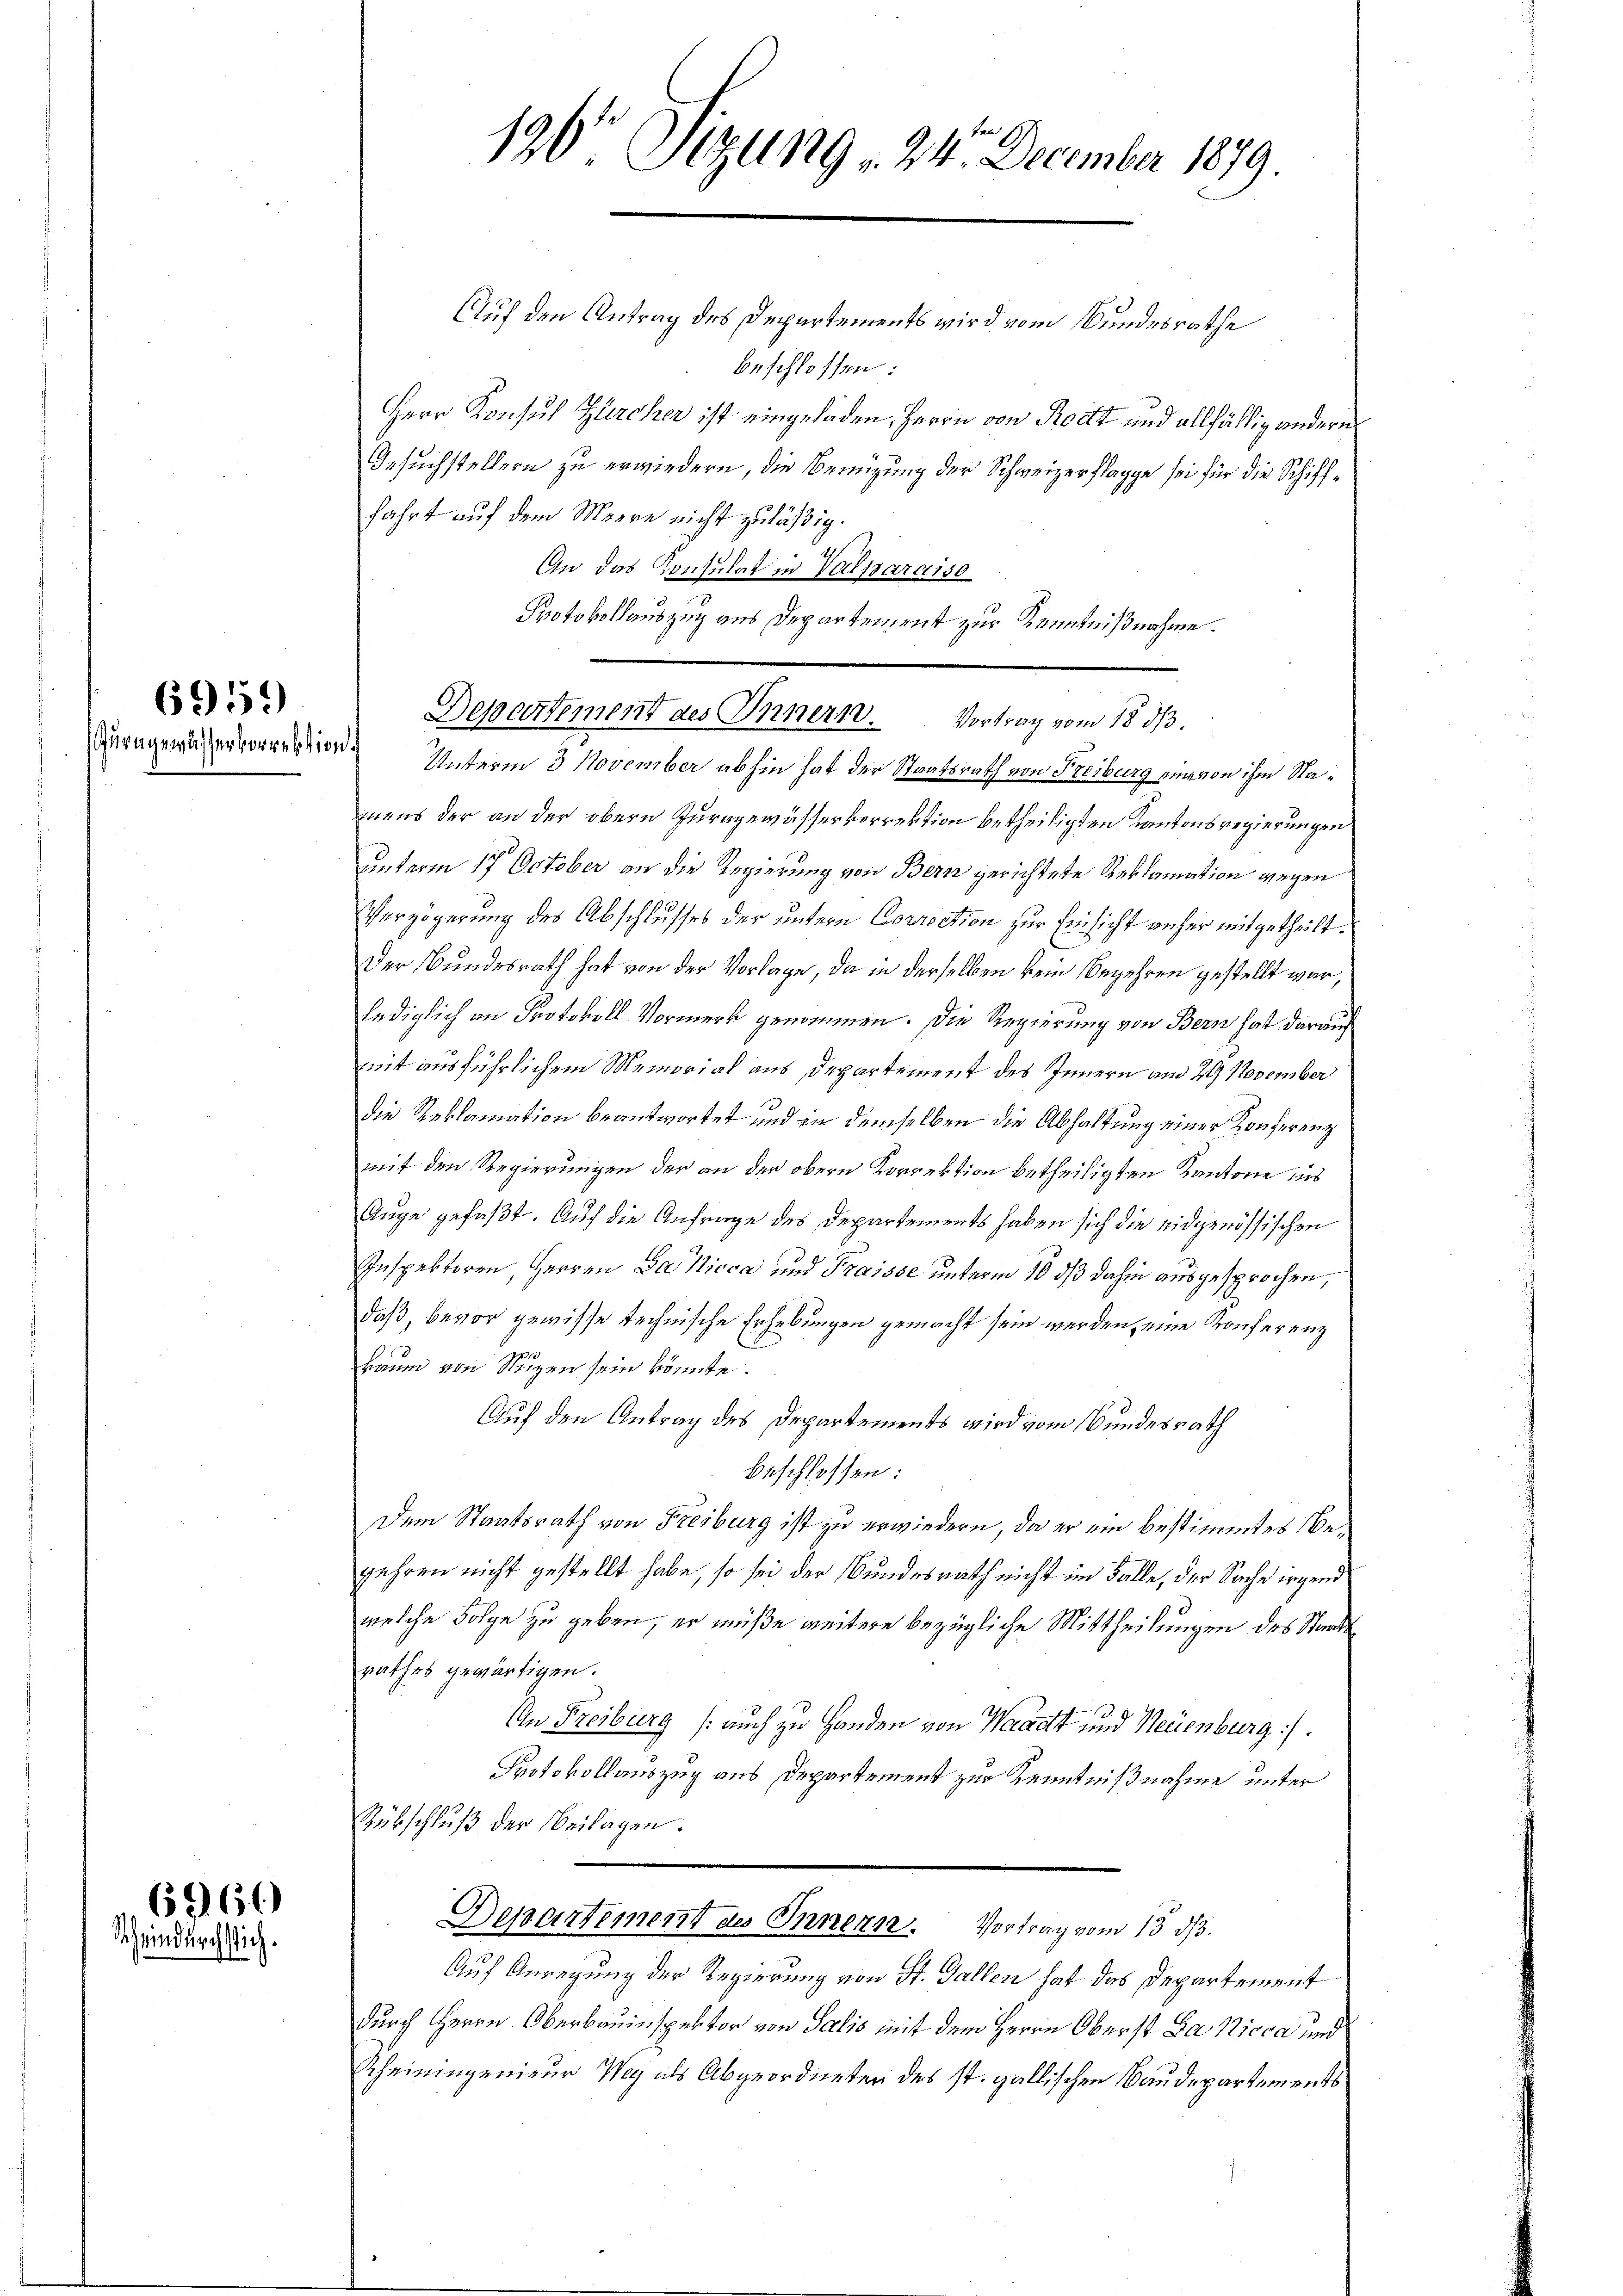
6959

6960
Schwindurch stich.

190' Sitzung 24. December 1879.

Departement des Innern. Vortrag vom 18. ds.

Auf den Antrag des Departements wird vom Bundesrathe
beschlossen:
Herr Konsul Zucker ist eingeladen, Herrn von Rodt und allfällig andern
Gesuchstellern zu erwiedern, die Bemühung der Schweizerflagge sei für die Schifffahrt auf dem Meere nicht zuläßig.
An das Konsulat in Valparaiso
Protokollauszug aus Departement zur Kenntnißnahme.
Zurageruhervorrestier Unterm 3 November abhin hat der Staatsrath von Freiburg eine von ihm Namens der an der obern Zuragewässervorrektion betheiligten Kantonsregierungen
unterm 17 October an die Regierung von Bern gerichtete Reklamation gegen
Verzögerung des Abschlusses der untern Correction zur Einsicht anher mitgetheilt.
Der Bundesrath hat von der Vorlage, da in derselben kein Begehren gestellt war,
lediglich an Protokoll Vormerk genommen. Die Regierung von Bern hat darauf
mit ausführlichem Memorial aus Departement des Innern am 29. November
die Reklamation beantwortet und in demselben die Abhaltung einer Konferenz
mit den Regierungen der an der obern Korrektion betheiligten Kantone ins
Auge gefaßt. Auf die Anfrage des Departements haben sich die eidgenössischen
Inspektoren, Herren Das Nicca und Fraisse unterm 10 dß dahin ausgesprochen,
daß, bevor gewisse technische Erhebungen gemacht sein werden, eine Konferenz
kaum von Nuzen sein könnte.
Auf den Antrag des Departements wird vom Bundesrath
beschlossen:
Dem Staatsrath von Freiburg ist zu erwiedern, da er ein bestimmtes Begehren nicht gestellt habe, so sei der Bundesrath nicht im Falle, der Sache irgend
welche Folge zu geben, er müße weitere bezügliche Mittheilungen des Standsrathes gewärtigen.
An Freiburg /: auch zu Handen von Waadt und Neuenburg).
Protokollauszug aus Departement zur Kenntnißnahme unter
Rükschluß der Beilagen.
Departement des Innern. Vortrag vom 13. ds.
Auf Anregung der Regierung von St. Gallen hat das Departement
durch Herrn Oberbauinspektor von Salis mit dem Herrn Oberst Da Nicca und
Scheiningenieur Weg als Abgeordneten des st. gallischen Baudepartements